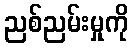
ညစ်ညမ်းမှုကို